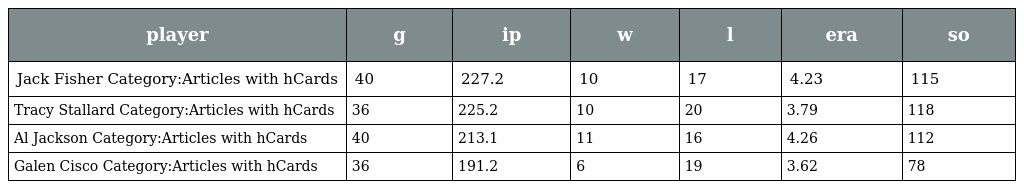
| player | g | ip | w | l | era | so |
 | --- | --- | --- | --- | --- | --- | --- |
 | Jack Fisher Category:Articles with hCards | 40 | 227.2 | 10 | 17 | 4.23 | 115 |
 | Tracy Stallard Category:Articles with hCards | 36 | 225.2 | 10 | 20 | 3.79 | 118 |
 | Al Jackson Category:Articles with hCards | 40 | 213.1 | 11 | 16 | 4.26 | 112 |
 | Galen Cisco Category:Articles with hCards | 36 | 191.2 | 6 | 19 | 3.62 | 78 |